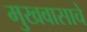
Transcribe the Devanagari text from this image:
मुखवासाचे